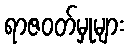
ရာဇဝတ်မှုများ